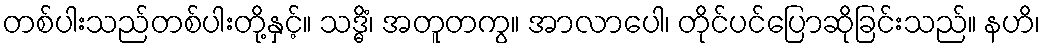
တစ်ပါးသည်တစ်ပါးတို့နှင့်။ သဒ္ဓိံ၊ အတူတကွ။ အာလာပေါ၊ တိုင်ပင်ပြောဆိုခြင်းသည်။ နဟိ၊